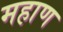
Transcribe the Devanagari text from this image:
महाण